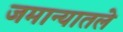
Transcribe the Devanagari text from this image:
जमान्यातले